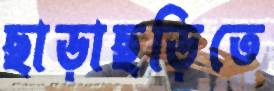
ছাড়াছড়িতে